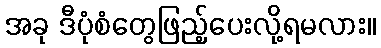
အခု ဒီပုံစံတွေဖြည့်ပေးလို့ရမလား။